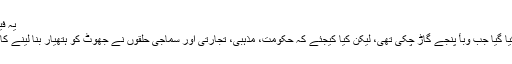
یہ فیصلہ ایسے
وقت میں کیا گیا جب وبأ پنجے گاڑ چکی تھی، لیکن کیا کیجئے کہ حکومت، مذہبی، تجارتی اور سماجی حلقوں نے جھوٹ کو ہتھیار بنا لینے کا فیصلہ کیا۔